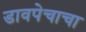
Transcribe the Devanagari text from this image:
डावपेचाचा